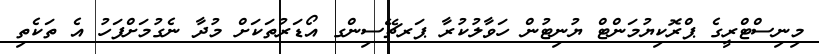
މިނިސްޓްރީގެ ޕްރޮކިޔުމަންޓް ޔުނިޓުން ހަވާލުކުރާ ޕަރޗޭސިންގ އޯޑަރުތަކަށް މުދާ ނެގުމަށްފަހު އެ ތަކެތި